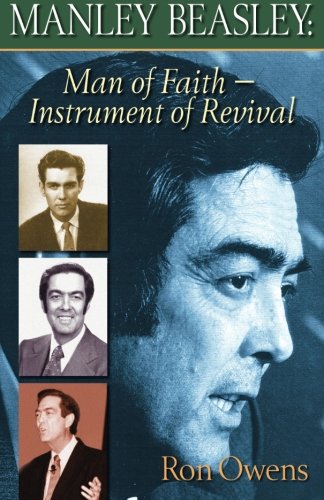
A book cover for Manley Beasley: Man of Faith, Instrument of Revival; Ron Owens; Christian Books & Bibles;